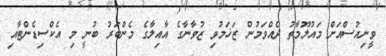
ވީނިއުސްއަށް މައުލޫމާތު ދެއްވަމުން ޒަޚަމުވި ޒުވާނާގެ އާއިލާގެ މެންބަރު ބުނީ މި އެކްސިޑެންޓާއި